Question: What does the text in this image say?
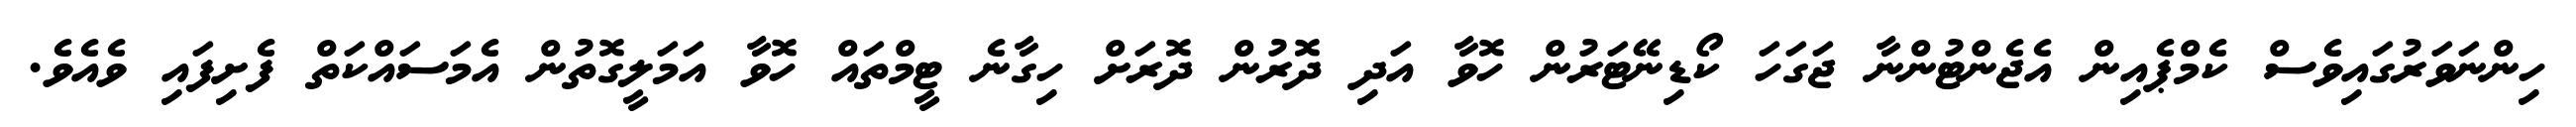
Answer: ހިންނަވަރުގައިވެސް ކެމްޕެއިން އެޖެންޓުންނާ ޖަގަހަ ކޯޑިނޭޓަރުން ހޮވާ އަދި ދޮރުން ދޮރަށް ހިގާނެ ޓީމްތައް ހޮވާ އަމަލީގޮތުން އެމަސައްކަތް ފެށިފައި ވެއެވެ.